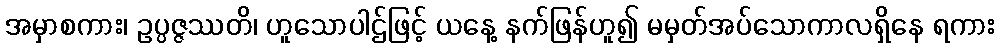
အမှာစကား၊ ဥပ္ပဇ္ဇဿတိ၊ ဟူသောပါဌ်ဖြင့် ယနေ့ နက်ဖြန်ဟူ၍ မမှတ်အပ်သောကာလရှိနေ ရကား